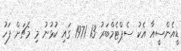
ޑީއެންސީއާ އެކު ސެޕްޓެމްބަރު 13 1971 ގައި ކުޅުނު މި މެޗަށް ފަހު